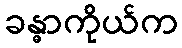
ခန္ဓာကိုယ်က